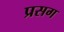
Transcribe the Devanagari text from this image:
प्रसग